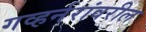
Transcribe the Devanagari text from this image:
गव्हर्नरांवरील